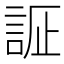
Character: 𲁧